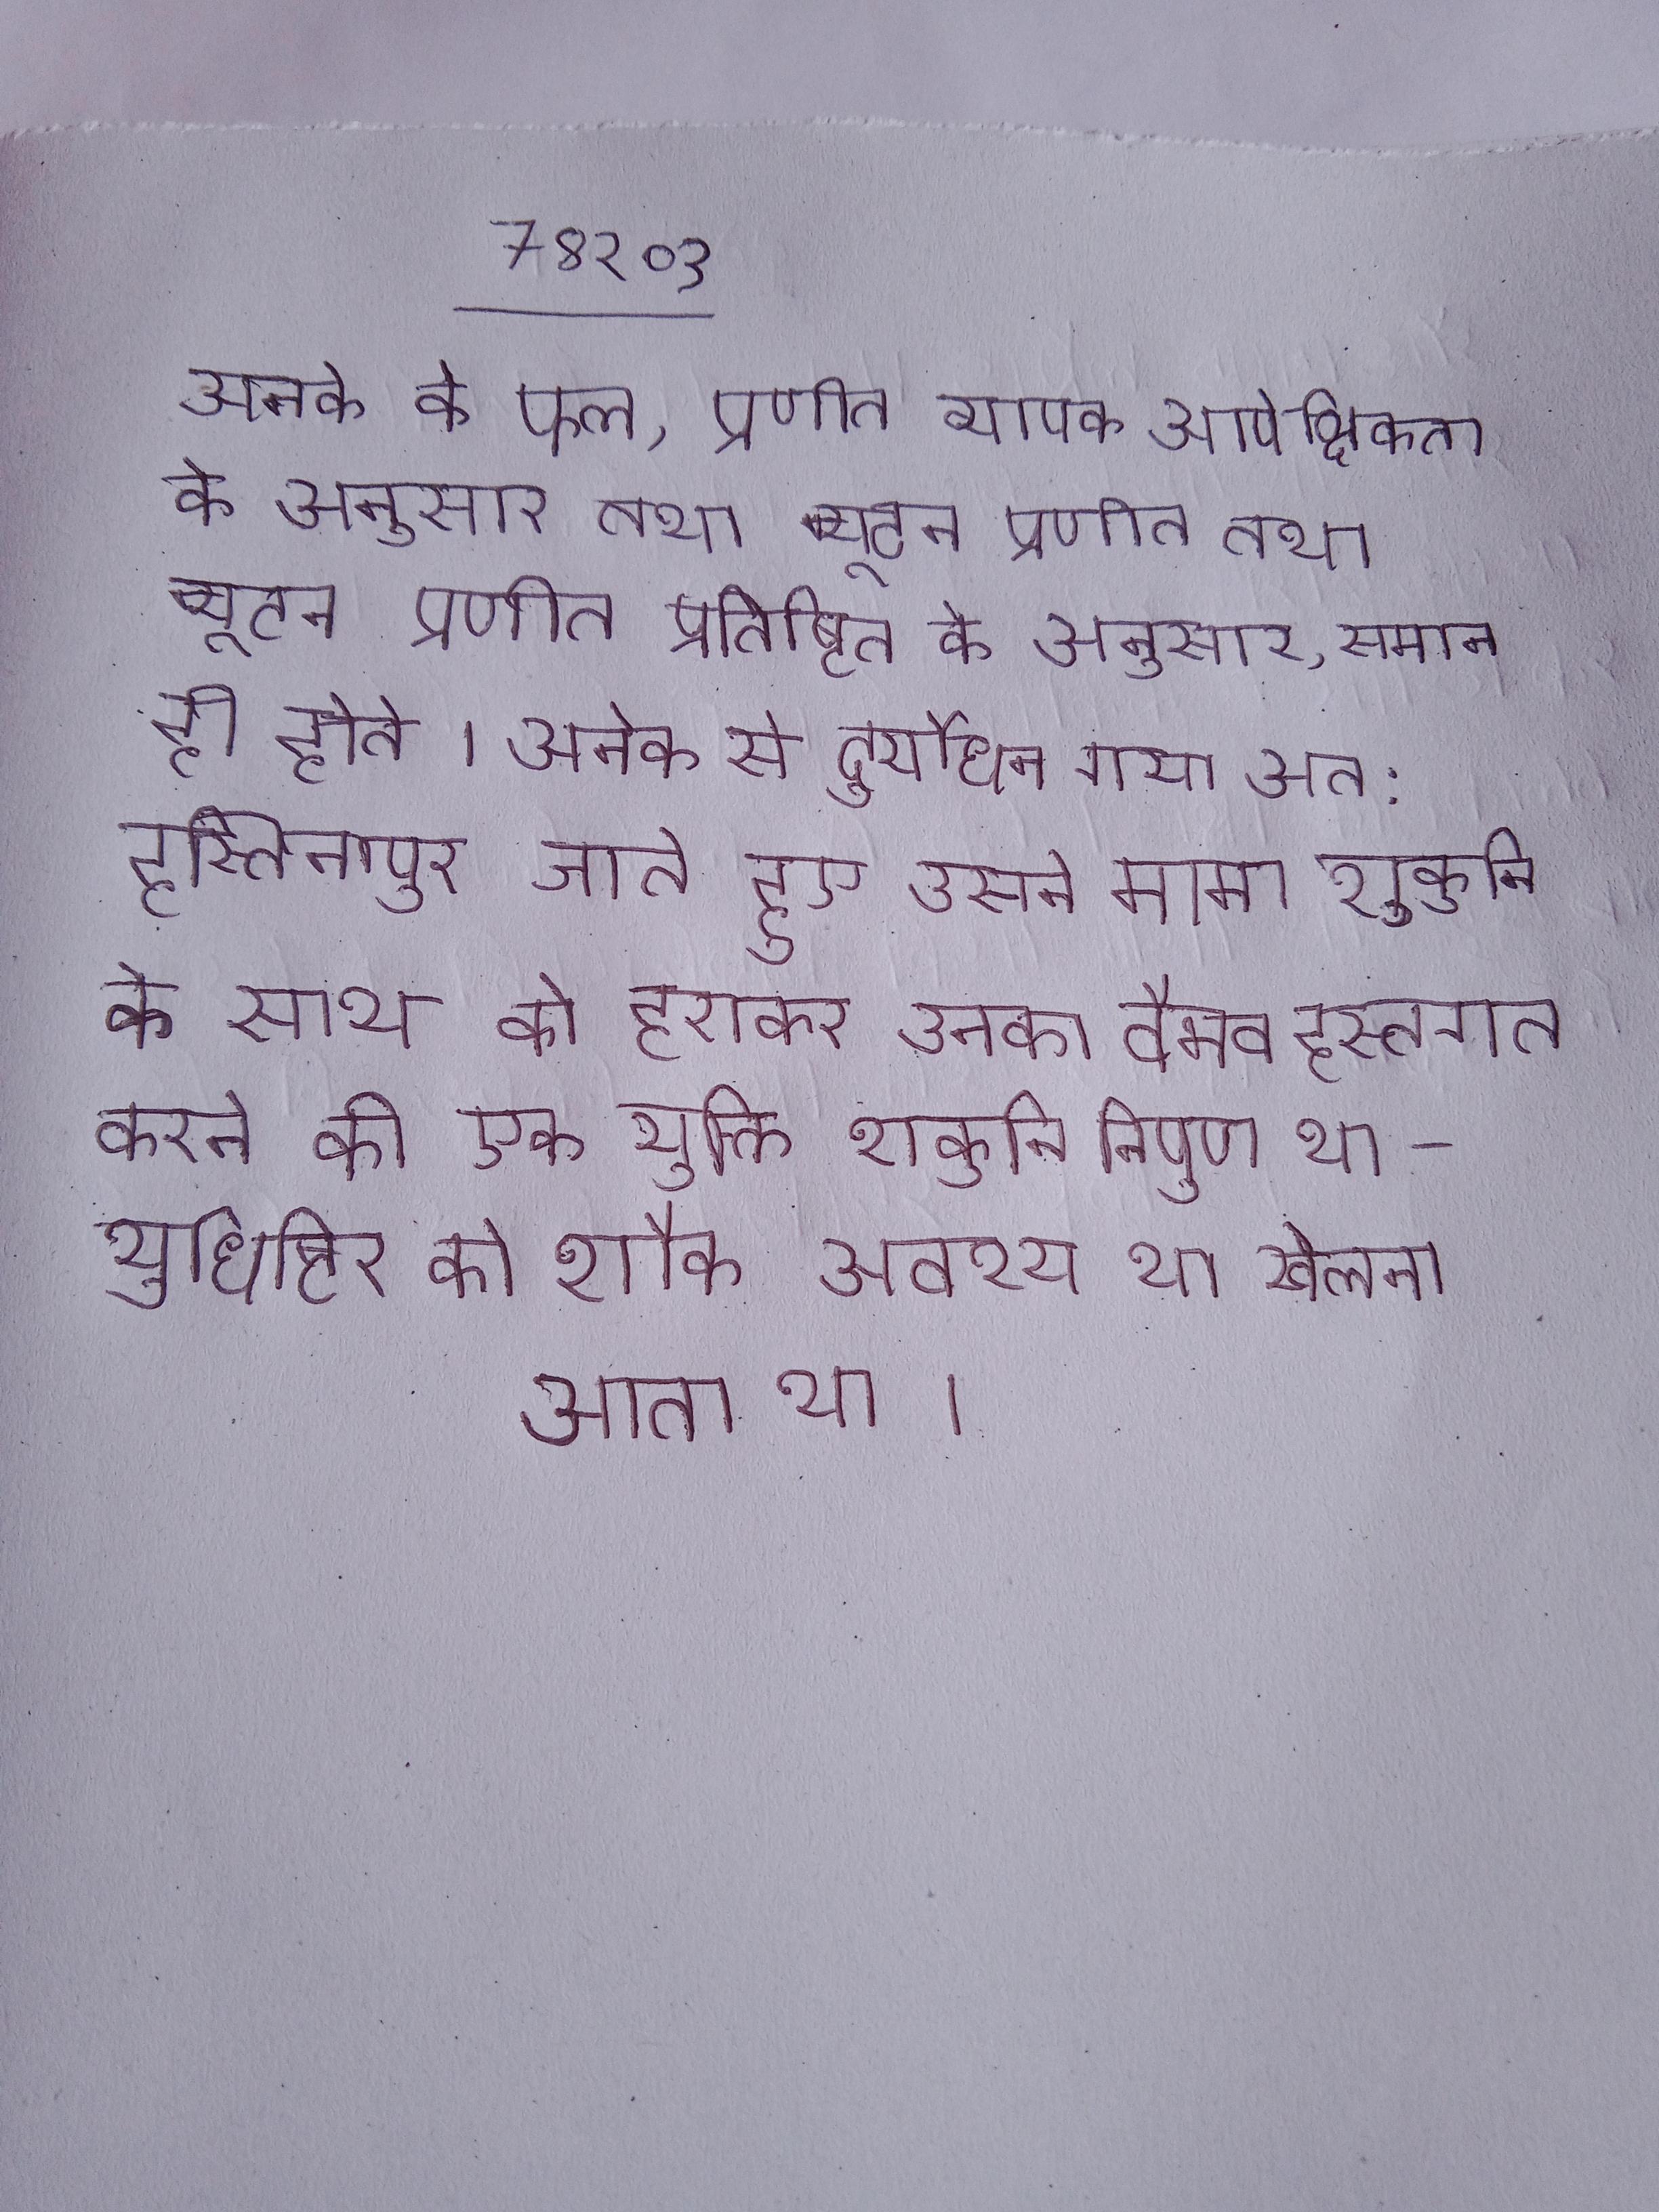
अनेक के फल, प्रणीत व्यापक आपेक्षिकता के अनुसार तथा न्यूटन प्रणीत प्रतिष्ठित के अनुसार, समान ही होते । अनेक से दुर्योधन गया अत: हस्तिनापुर जाते हुए उसने मामा शकुनि के साथ को हराकर उनका वैभव हस्तगत करने की एक युक्ति शकुनि निपुण था-युधिष्ठिर को शौक अवश्य था खेलना आता था ।